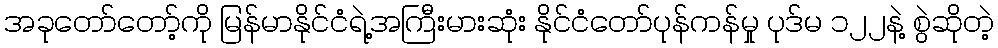
အခုတော်တော့်ကို မြန်မာနိုင်ငံရဲ့အကြီးမားဆုံး နိုင်ငံတော်ပုန်ကန်မှု ပုဒ်မ ၁၂၂နဲ့ စွဲဆိုတဲ့